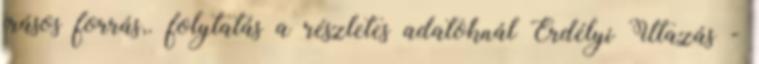
írásos forrás,. folytatás a részletes adatoknál Erdélyi Utazás -